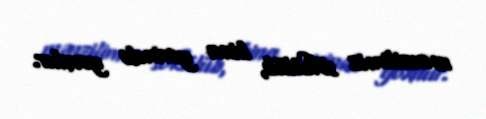
mənzilimiz sökülüb, bina yerində yoxdur.